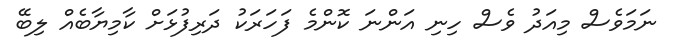
ނަމަވެސް މިއަދު ވެސް ހިނި އަންނަ ކޮންމެ ފަހަރަކު ދަރިފުޅަށް ކާމިޔާބެއް ލިބޭ